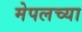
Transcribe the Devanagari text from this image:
मेपलच्या